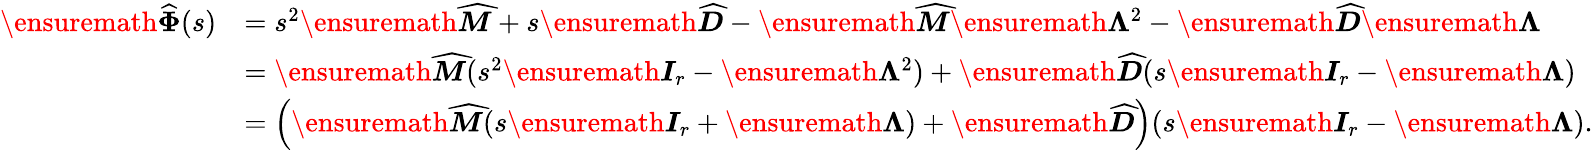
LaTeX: \begin{array}{rl}{\ensuremath{\widehat{\boldsymbol{\Phi}}}(s)}&{=s^{2}\ensuremath{\skew 4\widehat{\boldsymbol{M}}}+s\ensuremath{\skew 4\widehat{\boldsymbol{D}}}-\ensuremath{\skew 4\widehat{\boldsymbol{M}}}\ensuremath{\boldsymbol{\Lambda}}^{2}-\ensuremath{\skew 4\widehat{\boldsymbol{D}}}\ensuremath{\boldsymbol{\Lambda}}}\\ &{=\ensuremath{\skew 4\widehat{\boldsymbol{M}}}(s^{2}\ensuremath{\boldsymbol{I}}_{r}-\ensuremath{\boldsymbol{\Lambda}}^{2})+\ensuremath{\skew 4\widehat{\boldsymbol{D}}}(s\ensuremath{\boldsymbol{I}}_{r}-\ensuremath{\boldsymbol{\Lambda}})}\\ &{=\left(\ensuremath{\skew 4\widehat{\boldsymbol{M}}}(s\ensuremath{\boldsymbol{I}}_{r}+\ensuremath{\boldsymbol{\Lambda}})+\ensuremath{\skew 4\widehat{\boldsymbol{D}}}\right)(s\ensuremath{\boldsymbol{I}}_{r}-\ensuremath{\boldsymbol{\Lambda}}).}\end{array}